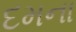
દમના